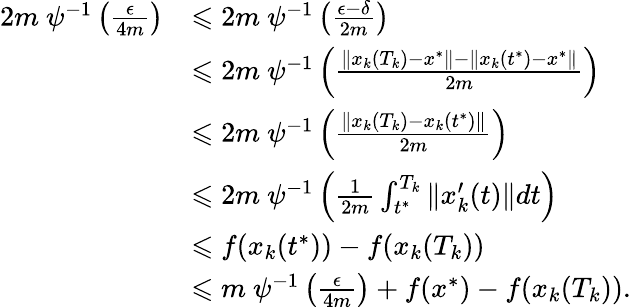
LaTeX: \begin{array}{rl}{2m~\psi^{-1}\left(\frac{\epsilon}{4m}\right)}&{\leqslant 2m~\psi^{-1}\left(\frac{\epsilon-\delta}{2m}\right)}\\ &{\leqslant 2m~\psi^{-1}\left(\frac{\| x_{k}(T_{k})-x^{*}\| -\| x_{k}(t^{*})-x^{*}\| }{2m}\right)}\\ &{\leqslant 2m~\psi^{-1}\left(\frac{\| x_{k}(T_{k})-x_{k}(t^{*})\| }{2m}\right)}\\ &{\leqslant 2m~\psi^{-1}\left(\frac{1}{2m}\int_{t^{*}}^{T_{k}}\| x_{k}^{\prime}(t)\| dt\right)}\\ &{\leqslant f(x_{k}(t^{*}))-f(x_{k}(T_{k}))}\\ &{\leqslant m~\psi^{-1}\left(\frac{\epsilon}{4m}\right)+f(x^{*})-f(x_{k}(T_{k})).}\end{array}